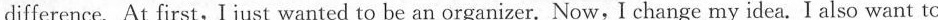
difference. At first,I just wanted to be an organizer. Now,I change my idea. I also want to